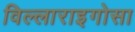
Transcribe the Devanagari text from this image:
विल्लाराइगोसा